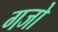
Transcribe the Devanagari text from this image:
गजो